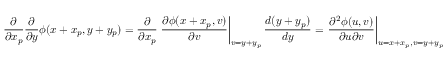
\frac { \partial } { \partial x _ { p } } \frac { \partial } { \partial y } \phi ( x + x _ { p } , y + y _ { p } ) = \frac { \partial } { \partial x _ { p } } \left. \frac { \partial \phi ( x + x _ { p } , v ) } { \partial v } \right| _ { v = y + y _ { p } } \frac { d ( y + y _ { p } ) } { d y } = \left. \frac { \partial ^ { 2 } \phi ( u , v ) } { \partial u \partial v } \right| _ { u = x + x _ { p } , v = y + y _ { p } }